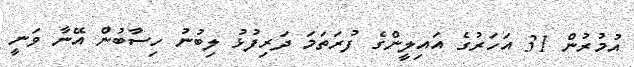
އުމުރުން 31 އަހަރުގެ އައިލީންގެ ފުރަތަމަ ދަރިފުޅު ލިބުނު ހިސާބުން އޭނާ ވަނީ